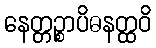
နေတ္တဉ္စာပိဓနတ္ထဝိ